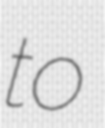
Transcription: to